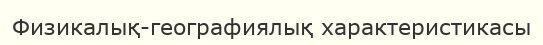
Физикалық-географиялық характеристикасы